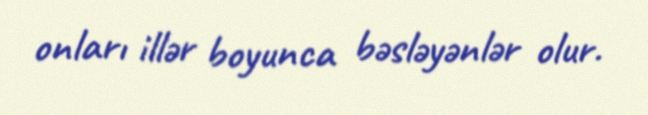
onları illər boyunca bəsləyənlər olur.